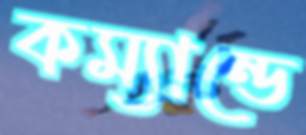
কম্যান্ডে